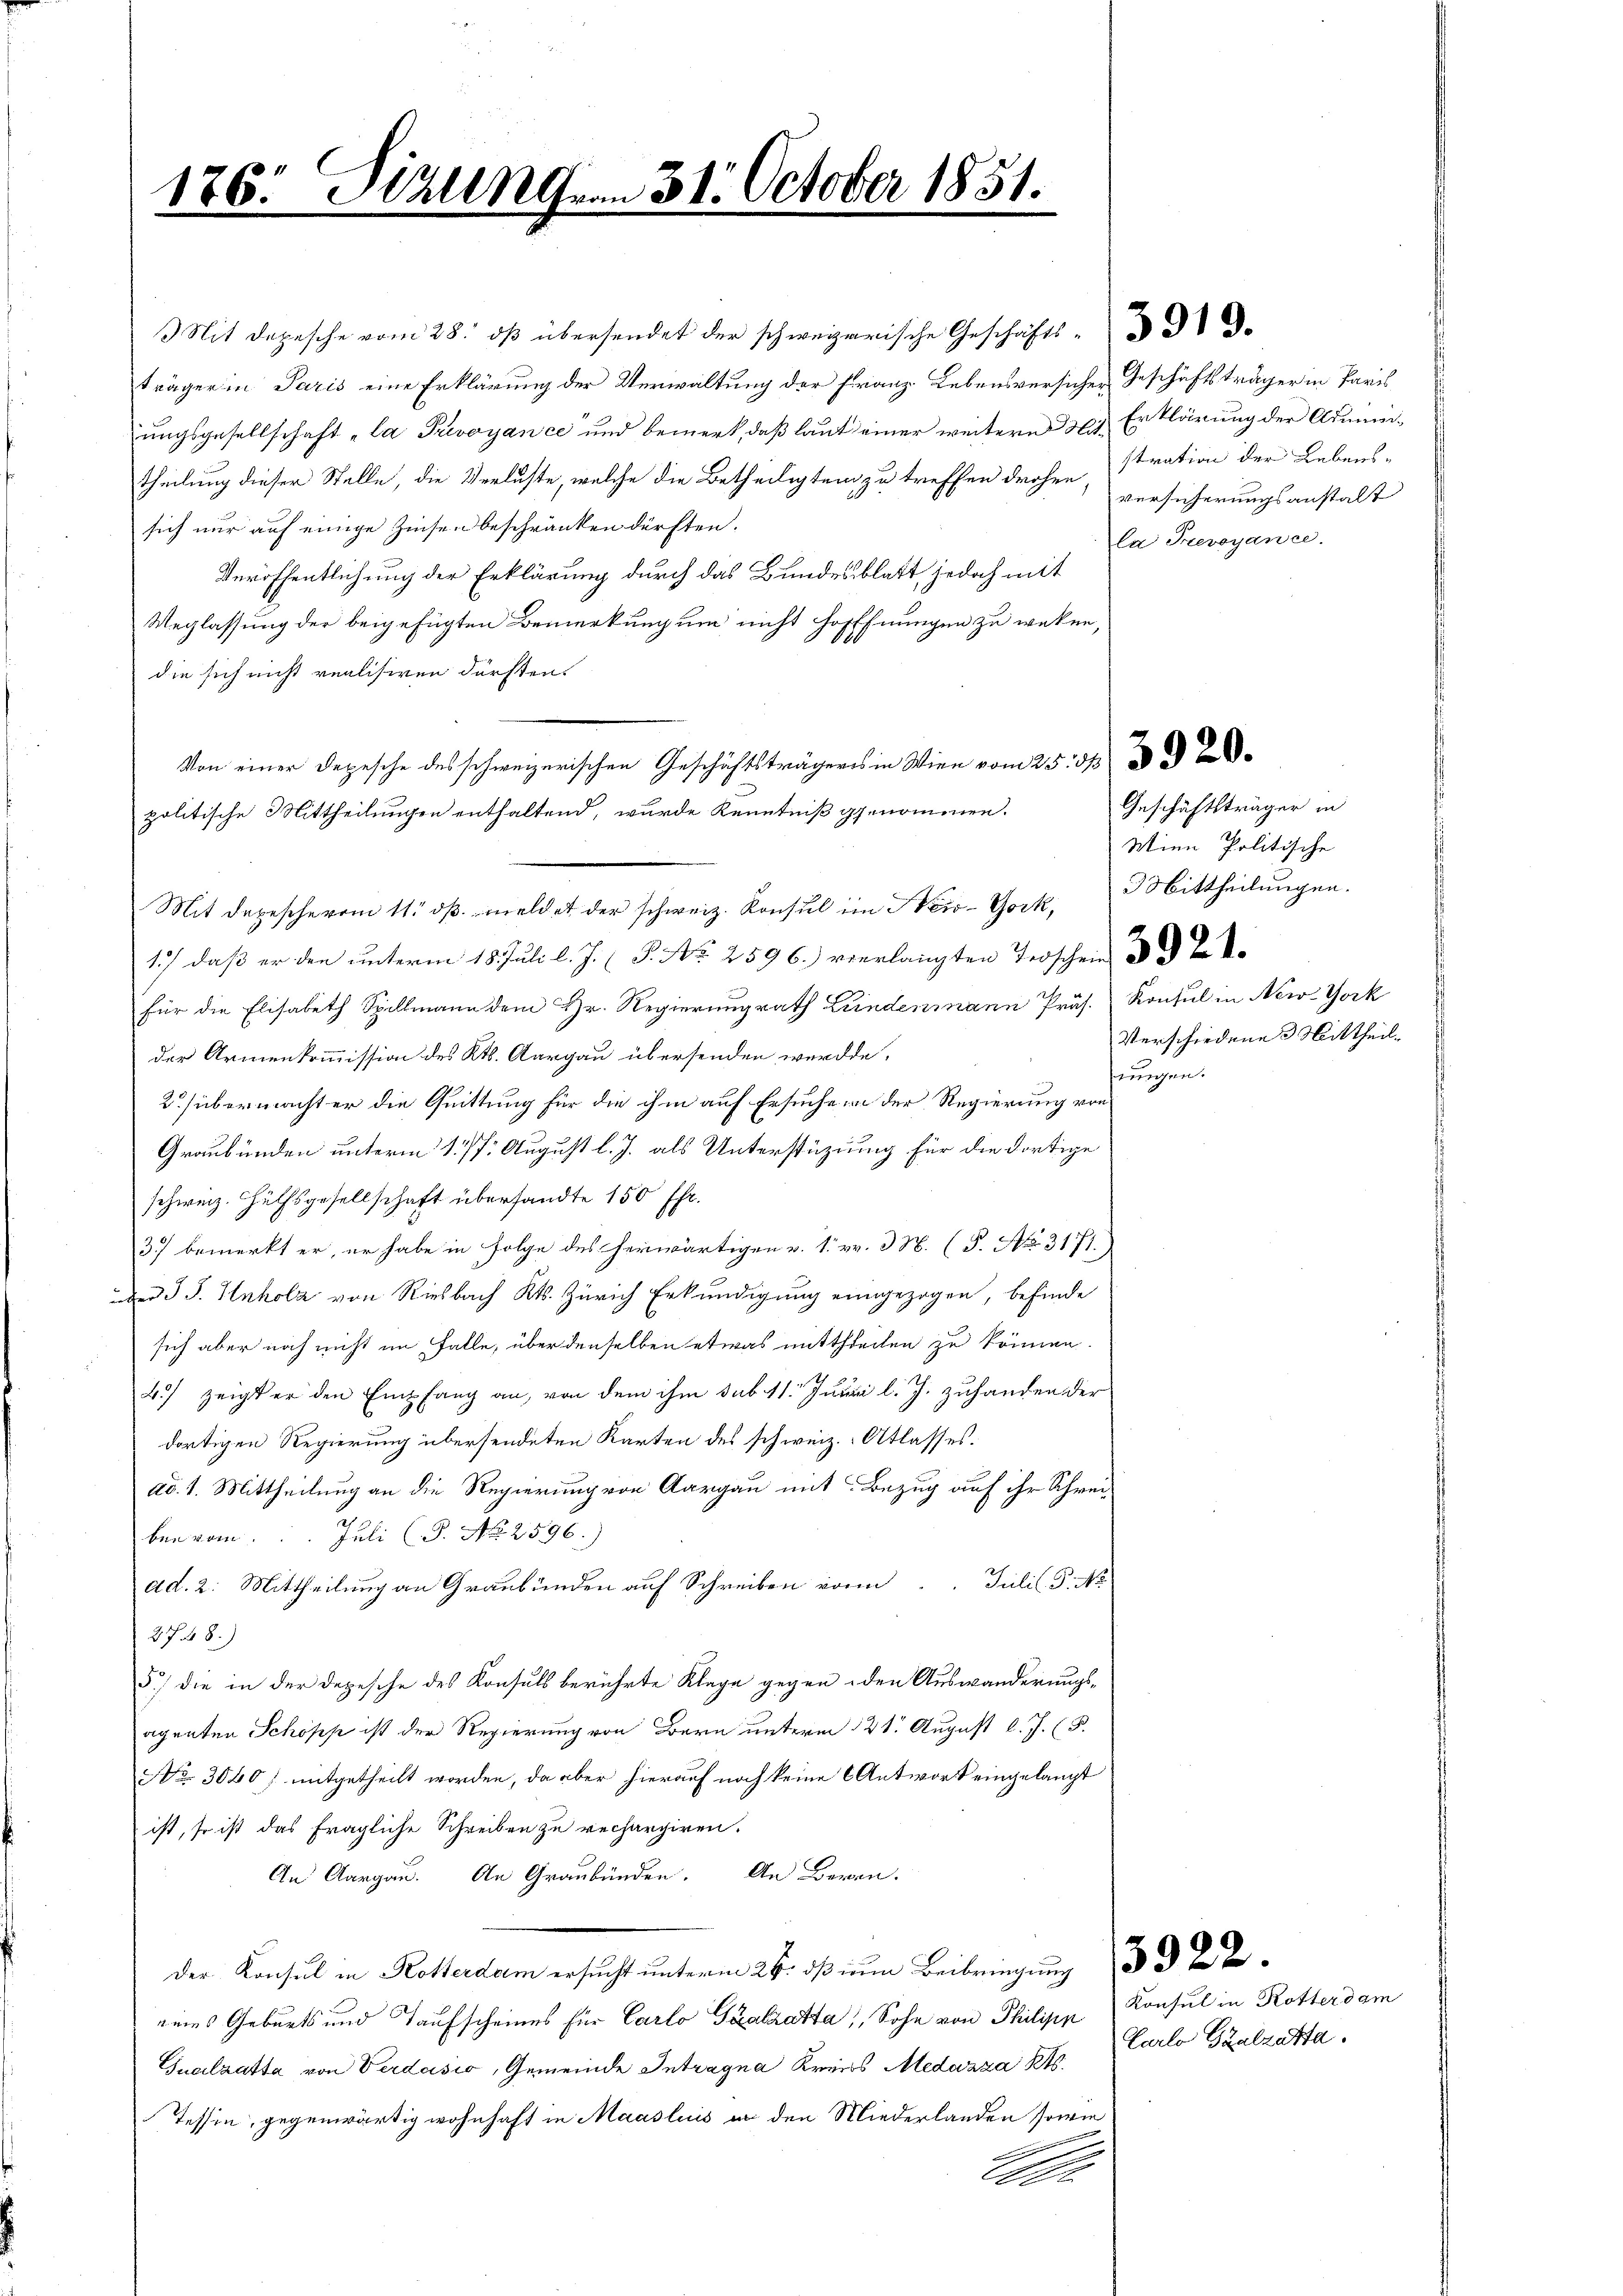
Mit Depesche vom 28. dβ übersendet der schweizerische Geschäfts-
träger in Paris eine Erklärung der Verwaltung der Franz- Lebensversicher Geschäftsträger in Paris
ungsgesellschaft „la Privoyance und bemerk, daß laut einer weitere Erklärung der Adminitheilung dieser Stelle, die Verluste, welche die Betheiligtend zu treffen drohen, versicherungsanstalt
sich nur auf einige Zinsen beschränken dürften.
Veröffentlichung der Erklärung durch das Bundesblatt jedoch mit
Weglassung der beigefügten Bemerkung um nicht hofffnungen zu weken,
die sich nicht realisiren dürften.
politische Mittheilungen enthaltend, wurde Kenntniß genommen.
Mit depesche vom 11. dβ meldet der schweiz. Konsul im Neio-York,
1) daβ er den ŭnterm 18. Juli l. J. (S. Nr. 2596. verlangten Todschen 32.
für die Elisabeth Spillmann dem Hr. Regierungsrath Lindenmann Präs. Konsul in New-York
der Armenkommission des Kts. Aargau übersenden werde,
2 übermachter die Quittung für die ihm auf Ersuche in der Regierung von
Graubünden unterm 1. 77. August l. J. als Unterstüzung für die dortige
schweiz. Hülfsgesellschaft übersandte 150 Fr.
37) bemerkt er, er habe in Folge des herwärtigen v. 1. v. 3. (S. Nr. 3171.
er J. J. Hnholz von Riesbach Kts. Zürich Erkundigung eingezogen, befinde
sich aber noch nicht im Falle, über denselben etwas mittheilen zu können.
4) zeigt er den Empfang an, von dem ihm sub 11. Juni l. J. zuhanden der
dortigen Regierung übersendeten Karten des schweiz. Atlasses.
ad. 1. Mittheilung an die Regierung von Aargau mit Bezug auf ihr Schreiben vom 1. Juli (S. No. 2596.
ad. 2. Mittheilung an Graubünden auf Schreiben von Julis S. Nr
27 48)
5) die in der Depesche des Konsuls berührte Klage gegen den Auswanderungsagenten Schöpp ist der Regierung von Bern unterm 21. August l. J. (T.
No. 3060 f. mitgetheilt worden, da aber hierauf noch keine Antwort eingelangt
ist, so ist das fragliche Schreiben zu rechargiren.
An Aargau. An Graubünden. An Baron.
der Konsul in Rotterdam ersucht unterm 26. daß nun Beibringung
eines Geburts und Taufscheines für Carlo Salzatta, Sohn von Philisie
Gualzatta von Verdasio, Gemeinde Intragna Kreiss Medazza Kts.
Tessin, gegenwärtig wohnhaft in Maaslinis en den Niederlanden sowie
d

1

76. Sirungen 31. October 1851.
e

Von einer Depesche des schweizerischen Geschichtsträgers in Wien vom 25. d.

stration der Lebens-
la Prevoyance.

Geschäftsträger in
Wien Politische
MMittheilungen.
Verschiedene Mittheil.
fnungen.

Konsul in Rotter dam
Carlo Szalzatta.